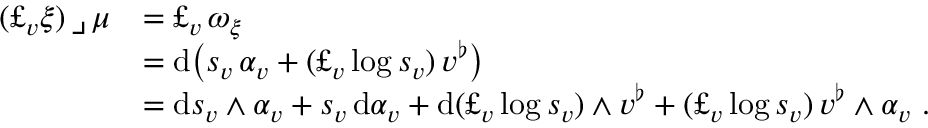
\begin{array} { r l } { ( \pounds _ { v } \xi ) \, \lrcorner \, \mu } & { = \pounds _ { v } \, \omega _ { \xi } } \\ & { = \mathrm { d } \bigl ( s _ { v } \, \alpha _ { v } + ( \pounds _ { v } \log s _ { v } ) \, v ^ { \flat } \bigr ) } \\ & { = \mathrm { d } s _ { v } \wedge \alpha _ { v } + s _ { v } \, \mathrm { d } \alpha _ { v } + \mathrm { d } ( \pounds _ { v } \log s _ { v } ) \wedge v ^ { \flat } + ( \pounds _ { v } \log s _ { v } ) \, v ^ { \flat } \wedge \alpha _ { v } \ . } \end{array}